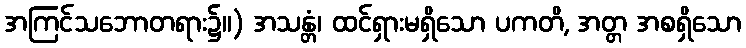
အကြင်သဘောတရား၌။) အသန္တံ၊ ထင်ရှားမရှိသော ပကတိ, အတ္တ အစရှိသော